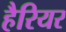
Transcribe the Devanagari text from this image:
हैरियर